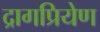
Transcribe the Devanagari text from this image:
द्रागप्रियेण